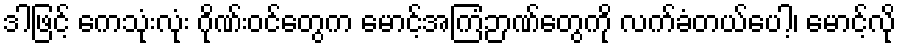
ဒါဖြင့် ကေသုံးလုံး ဂိုဏ်းဝင်တွေက မောင့်အကြံဉာဏ်တွေကို လက်ခံတယ်ပေါ့၊ မောင့်လို